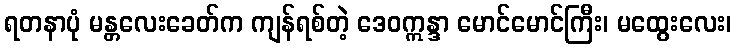
ရတနာပုံ မန္တလေးခေတ်က ကျန်ရစ်တဲ့ ဒေဝဣန္ဒာ မောင်မောင်ကြီး၊ မထွေးလေး၊